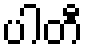
ပါတီ